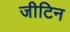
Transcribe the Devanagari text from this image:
जीटिन